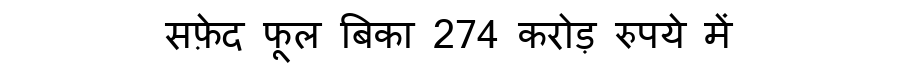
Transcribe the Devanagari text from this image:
सफ़ेद फूल बिका 274 करोड़ रुपये में